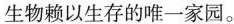
生物赖以生存的唯一家园。